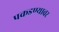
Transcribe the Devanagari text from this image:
पकडण्यावर